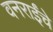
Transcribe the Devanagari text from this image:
वनराईंचे